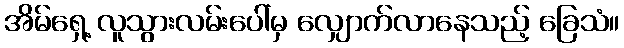
အိမ်ရှေ့ လူသွားလမ်းပေါ်မှ လျှောက်လာနေသည့် ခြေသံ။